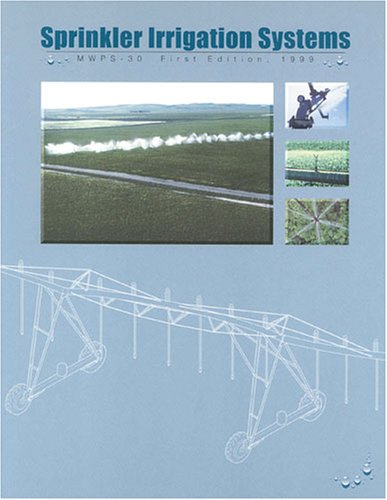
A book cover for Sprinkler Irrigation Systems; THOMAS F. SCHERER; Science & Math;